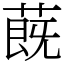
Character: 蔇